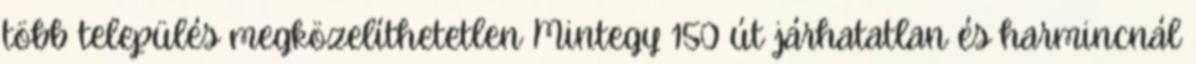
több település megközelíthetetlen Mintegy 150 út járhatatlan és harmincnál